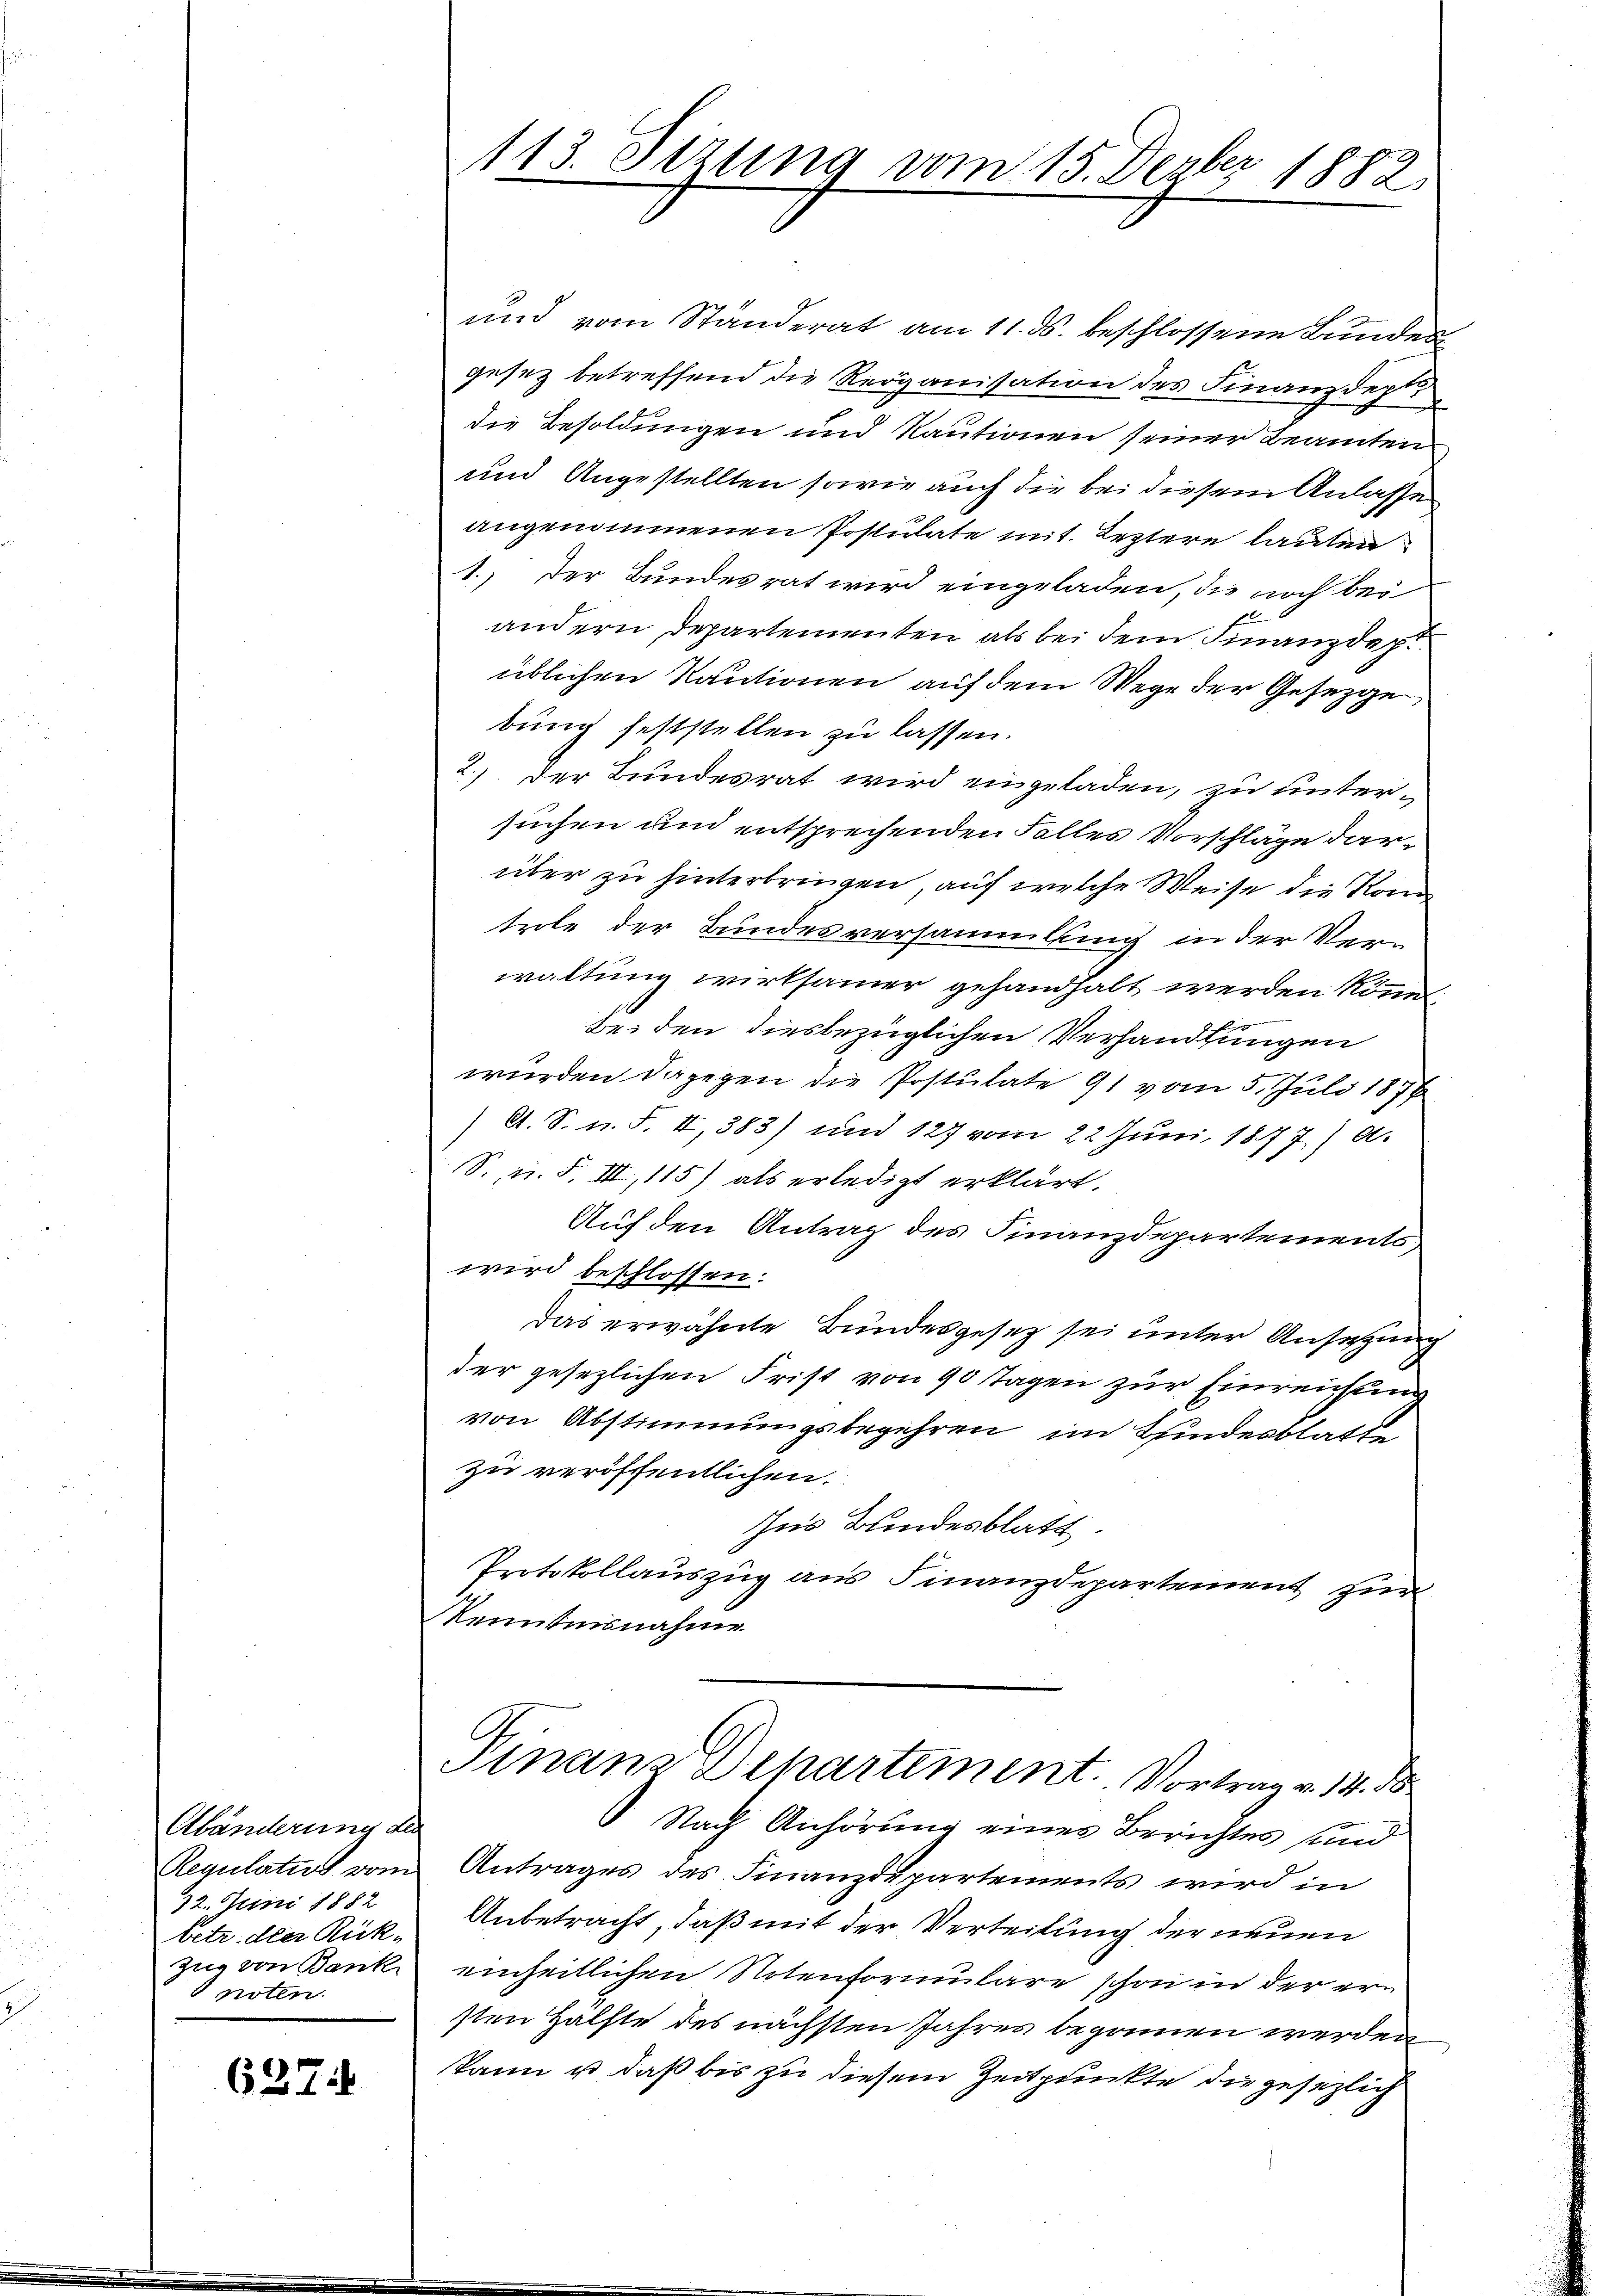
Abänderung der
Regulatus vom
22. Juni 1882
betr. der Rück¬
Zug von Bank
noten.

6274

113. Jizung vom 15. Dezbr 1882

und vom Ständerat am 11. ds. beschlossene Bunden
gesez betreffend die Rerganisation des Finanzdept.
die Besoldungen und Rautionen seiner Beamten
und Angestellten sowie auch die bei diesem Anlasse
angenommenen Postulate mit Leztere lauten
1.) Der Bundesrat wird eingeladen, die noch bei
andern Departementen als bei dem Finanzdept
üblichen Kautionen auf dem Wege der Gesezge
bung feststellen zu lassen.
2.) Der Bundesrat wird eingeladen, zu untersuchen und entsprechenden Falles Vorschläge darüber zu hinterbringen, auf welche Weise die Komtrole der Bundesversammlung in der Ver-
waltung wirksamer gehandhabt werden könne.
bei den diesbezüglichen Verhandlungen
wurden dagegen die Postulate 91 vom 5. Juli 1876
) A. S. u. F. II,383) und 127 vom 22 Juni 1877) a.
S., n. F. VII, 115) als erledigt erklärt.
Auf den Antrag des Finanzdepartements,
wird beschlossen:
Das erwähnte Bundesgesetz sei unter Ansetzung
der gesezlichen Frist von 90 Tagen zur Einreichung
von Abstimmungsbegehren im Bundesblatte
zu veröffentlichen.
Ins Bundesblatt.
Protokollauszug aus Finanzdepartement zur
Kenntnisnahme
Pinam Departement. Vortrag v. 14. d
Nach Anhörung eines Berichtes sind
Antrages des Finanzdepartements wird in
Anbetracht, daß mit der Verteilung der neuen
einheitlichen Notenformulare schon in der ersten Hälfte des nächsten Jahres begonnen werden
kann u. daß bis zu diesem Zeitpunkte die gesezlich